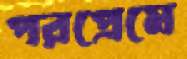
পরপ্রেমে